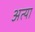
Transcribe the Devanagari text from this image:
अत्या